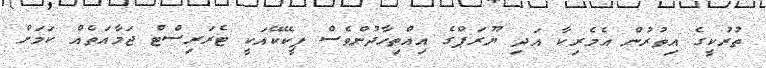
ތުރުކީގެ އިތުރުން އެމެރިކާ އަދި ޔޫރަޕްގެ އިއްތިހާދުންވެސް ޕީކޭކޭއަކީ ޓެރަރިސްޓް ޖަމާއަތެއް ކަމަށް